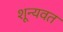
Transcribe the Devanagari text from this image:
शून्यवत